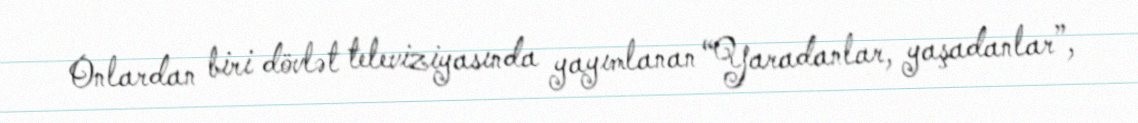
Onlardan biri dövlət televiziyasında yayımlanan “Yaradanlar, yaşadanlar”,